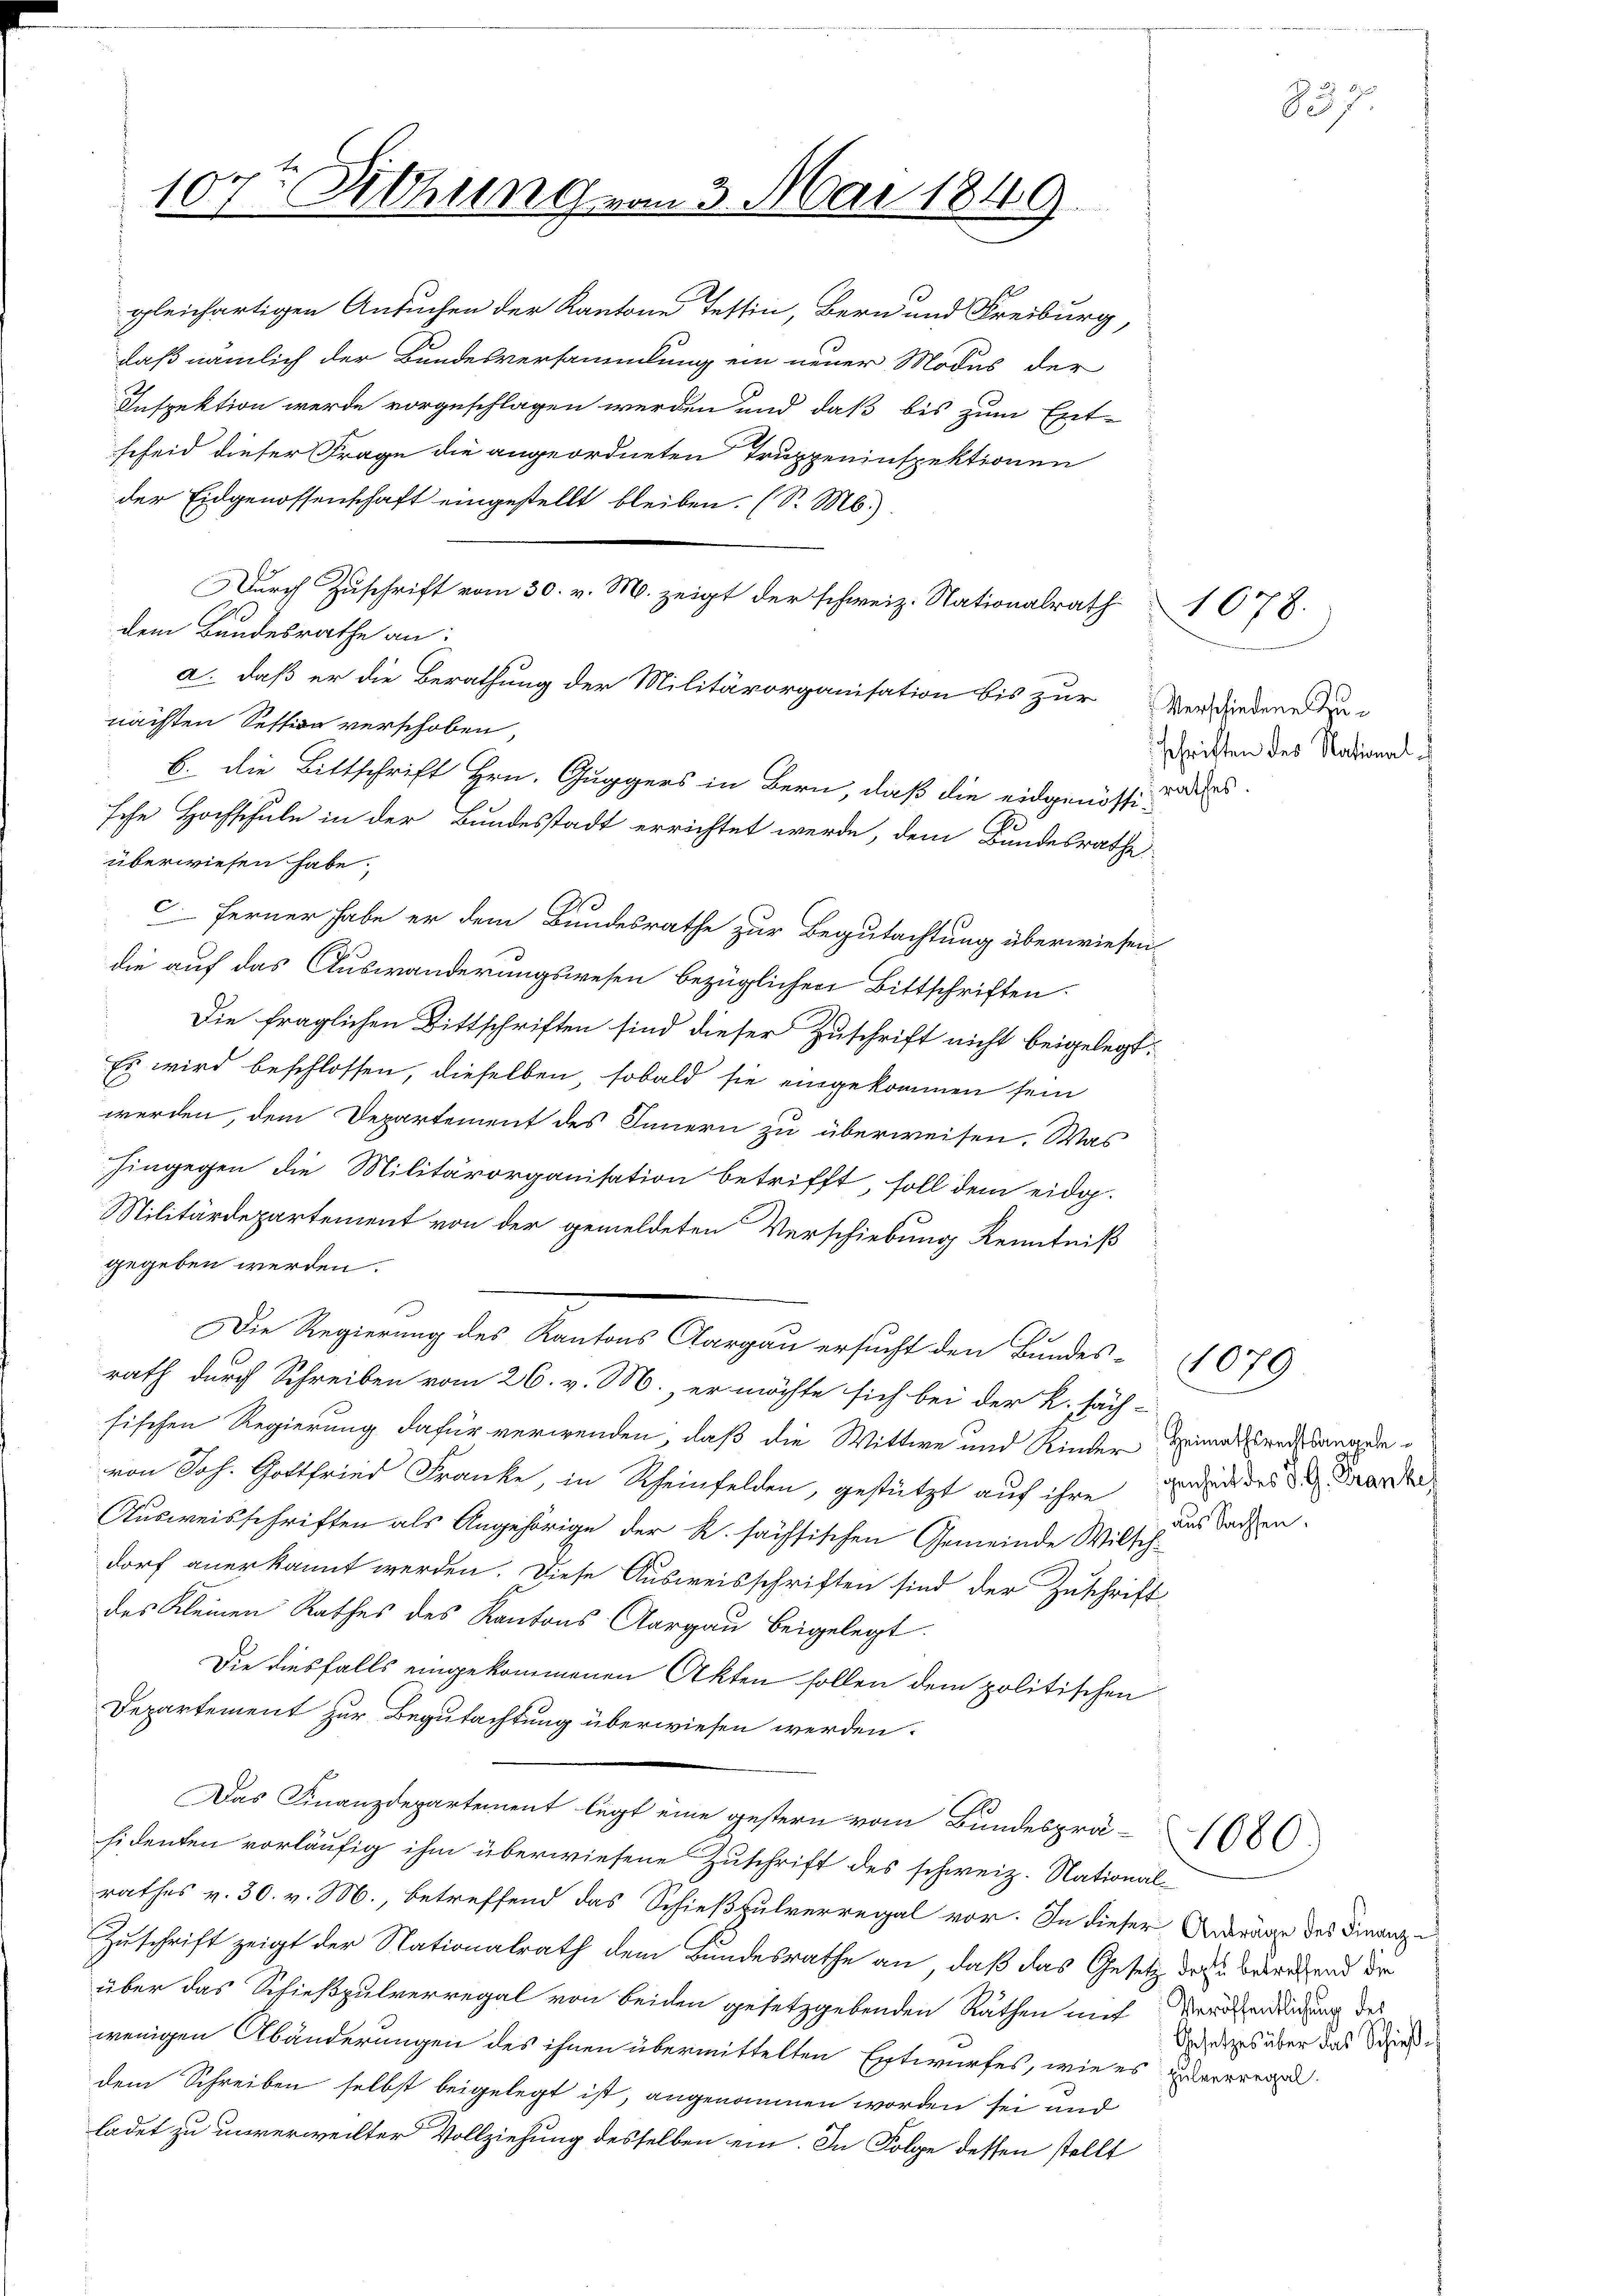
gleichartigen Ansuchen der Kantone Tessin, Bern und Freiburg,
daß nämlich der Bundesversammlung ein neuer Modus der
Inspektion werde vorgeschlagen werden und daß bis zum Ent-
scheid dieser Frage die angeordneten Truppeninspektionen
der Eidgenossenschaft eingestellt bleiben. (S. M.)
Durch Zuschrift vom 30. v. M. zeigt der schweiz. Nationalrath 1078.
dem Bundesrathe an:
a. daß er die Berathung der Militärorganisation bis zur Verwiedene
nächsten Session verschoben,
b. die Bittschrift Hrn. Guggers in Bern, daß die eidgenössig, dies
sche Hochschule in der Bundesstadt errichtet werde, dem Bundesrathe
überwiesen habe.
e
c. Ferner habe er dem Bundesrathe zur Begutachtung überwiesen
die auf das Auswanderungswesen bezüglichen Bittschriften.
Die fraglichen Bittschriften sind dieser Zuschrift nicht beigelegt.
Es wird beschlossen, dieselben, sobald sie eingekommen sein
werden, dem Departement des Innern zu überweisen. Was
hingegen die Militärorganisation betrifft, soll dem eidg.
Militärdepartement von der gemeldeten Verschiebung Kenntniß
gegeben werden.
n
Die Regierung des Kantons Aargau ersucht den Bundes 1079.
rath durch Schreiben vom 26. v. M., er möchte sich bei der L. säch-
sischen Regierung dafür verwenden, daß die Wittwe und Kinder Heimatsrech bangele
von Joh. Gottfried Franke, in Rheinfelden, gestützt auf ihre und des den Karte
Ausweisschriften als Angehörige der R. sächsischen Gemeinde Wilschdorf anerkannt werden. Diese Ausweisschriften sind der Zuschrift
des Kleinen Rathes des Kantons Aargau beigelegt.
Die diesfalls eingekommenen Akten sollen dem politischen
Departement zur Begutachtung überwiesen werden.
Das Finanzdepartement legt eine gestern vom Bundesprä-
sidenten vorläufig ihm überwiesene Zuschrift des schweiz. Nationalrathes v. 30. v. M., betreffend das Schießpulverregal vor. In dieser Anträge des Finanz-
Zuschrift zeigt der Nationalrath dem Bundesrathe an, daß das Gesetz der Berechend die
über das Schießpulverregal von beiden gesetzgebenden Räthen mit Verordnung des
wenigen Abänderungen des ihnen übermittelten Entwurfes, wie es untereregel
dem Schreiben selbst beigelegt ist, angenommen worden sei und
ladet zu unverweilter Vollziehung desselben ein. In Folge dessen stellt

7
10.
 Sitzung vom 3. Mai 1849

schritten des National

aus Sachsen.

Gesetzes über das Schieße

1080

827